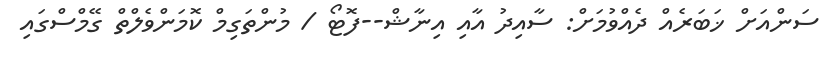
ސަންއަށް ޚަބަރެއް ދެއްވުމަށް: ސާއިދު އާއި އިނާޝް--ފޮޓޯ / މުންތަގިމް ކޮމަންވެލްތް ގޭމްސްގައި